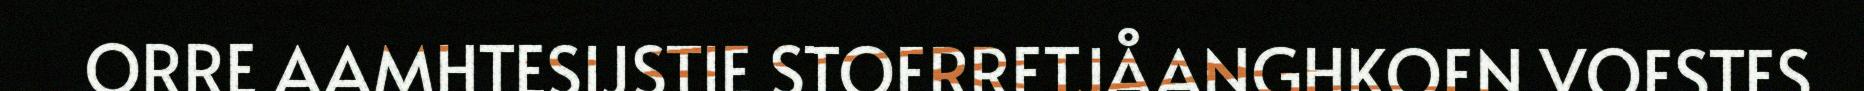
ORRE AAMHTESIJSTIE STOERRETJÅANGHKOEN VOESTES